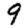
Digit: 9